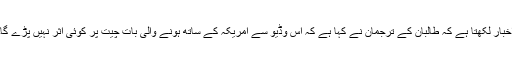
اخبار لکھتا ہے کہ طالبان کے ترجمان نے کہا ہے کہ اِس وڈیو سے امریکہ کے ساتھ ہونے والی بات چیت پر کوئی اثر نہیں پڑے گا۔